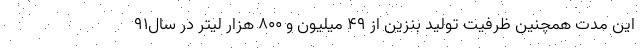
این مدت همچنین ظرفیت تولید بنزین از ۴۹ میلیون و ۸۰۰ هزار لیتر در سال٩١